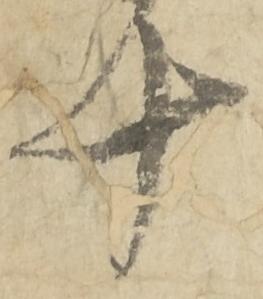
十